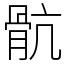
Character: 骯